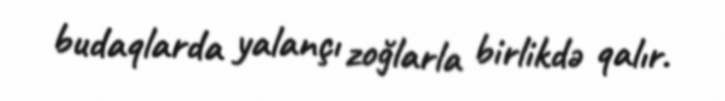
budaqlarda yalançı zoğlarla birlikdə qalır.